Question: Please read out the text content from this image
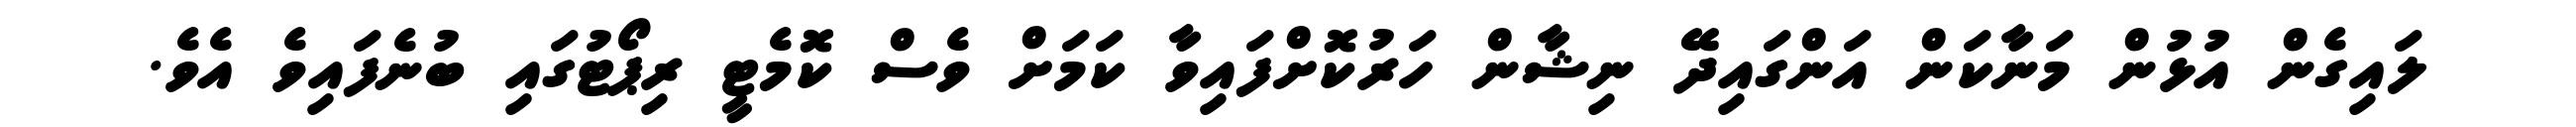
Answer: ލައިގެން އުޅުން މަނާކަން އަންގައިދޭ ނިޝާން ހަރުކޮށްފައިވާ ކަމަށް ވެސް ކޮމެޓީ ރިޕޯޓުގައި ބުނެފައިވެ އެވެ.